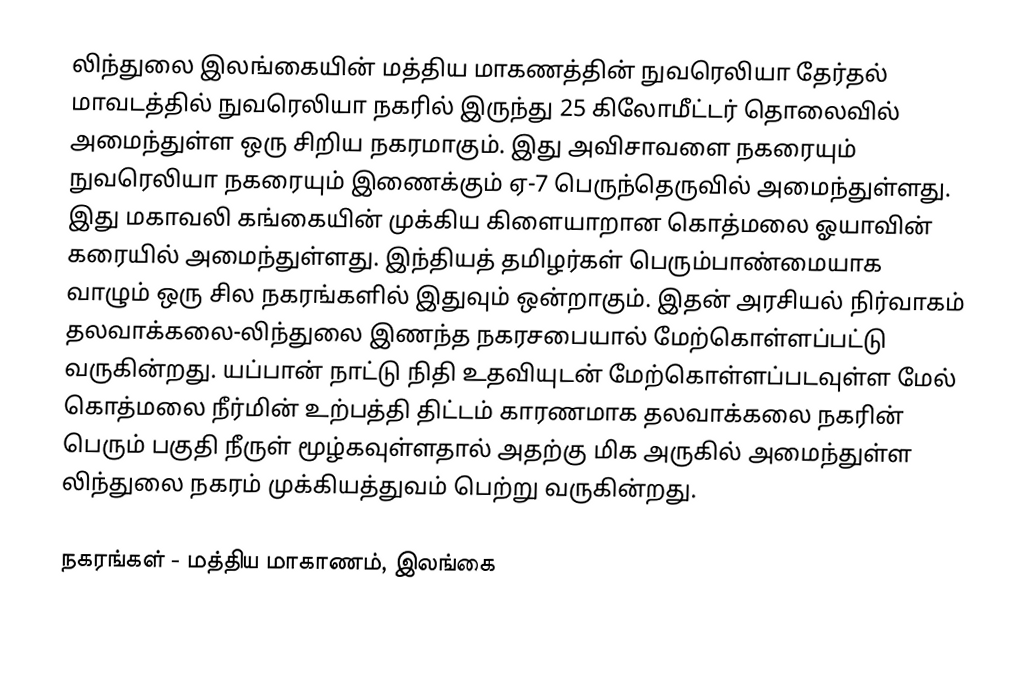
லிந்துலை இலங்கையின் மத்திய மாகணத்தின்  நுவரெலியா தேர்தல் மாவடத்தில் நுவரெலியா நகரில் இருந்து 25 கிலோமீட்டர் தொலைவில் அமைந்துள்ள ஒரு சிறிய நகரமாகும். இது அவிசாவளை நகரையும் நுவரெலியா நகரையும் இணைக்கும் ஏ-7 பெருந்தெருவில் அமைந்துள்ளது. இது மகாவலி கங்கையின் முக்கிய கிளையாறான கொத்மலை ஓயாவின் கரையில் அமைந்துள்ளது. இந்தியத் தமிழர்கள் பெரும்பாண்மையாக வாழும் ஒரு சில நகரங்களில் இதுவும் ஒன்றாகும். இதன் அரசியல் நிர்வாகம் தலவாக்கலை-லிந்துலை இணந்த நகரசபையால் மேற்கொள்ளப்பட்டு வருகின்றது. யப்பான்  நாட்டு நிதி உதவியுடன் மேற்கொள்ளப்படவுள்ள மேல் கொத்மலை நீர்மின் உற்பத்தி திட்டம் காரணமாக தலவாக்கலை நகரின் பெரும் பகுதி நீருள் மூழ்கவுள்ளதால் அதற்கு மிக அருகில் அமைந்துள்ள லிந்துலை நகரம் முக்கியத்துவம் பெற்று வருகின்றது.

நகரங்கள் - மத்திய மாகாணம், இலங்கை